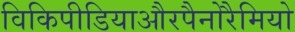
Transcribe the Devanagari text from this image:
विकिपीडियाऔरपैनोरैमियो